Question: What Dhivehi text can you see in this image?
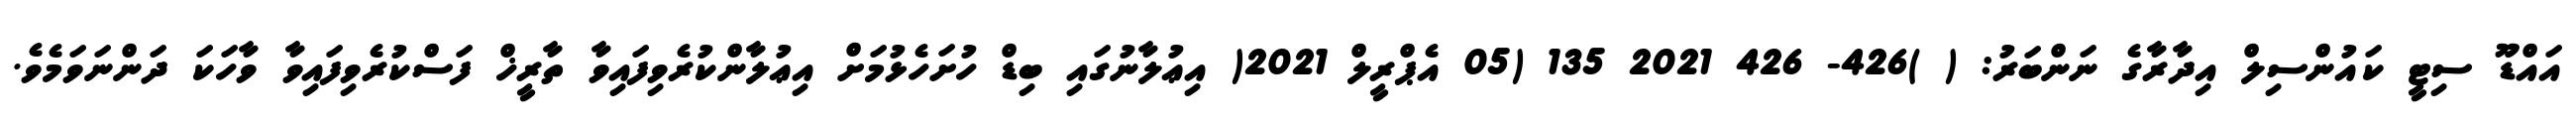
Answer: އައްޑޫ ސިޓީ ކައުންސިލް އިދާރާގެ ނަންބަރު: ( )426- 426 2021 135 (05 އެޕްރީލް 2021( އިޢުލާނުގައި ބިޑް ހުށަހެޅުމަށް އިޢުލާންކުރެވިފައިވާ ތާރީޚް ފަސްކުރެވިފައިވާ ވާހަކަ ދަންނަވަމެވެ.